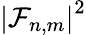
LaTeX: \left|\mathcal{F}_{n,m}\right|^{2}